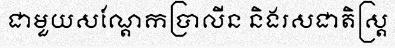
ជាមួយសណ្តែកប្រាលីន និងរសជាតិស្ត្រ